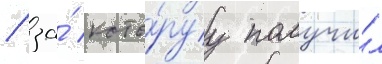
/ за́ кото́руу получи́л